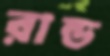
রান্ড